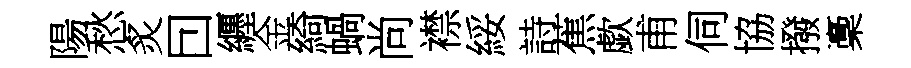
陽愁炙囙纒金綺蝸尚襟綏詩蕉歔甫伺協撥稾